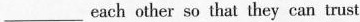
___each other so that they can trust